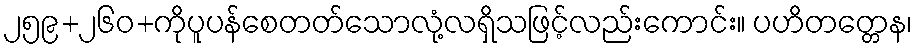
၂၅၉+၂၆၀+ကိုပူပန်စေတတ်သောလုံ့လရှိသဖြင့်လည်းကောင်း။ ပဟိတတ္တေန၊